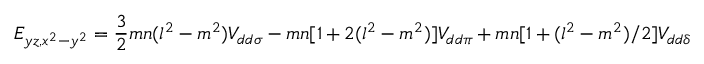
E _ { y z , x ^ { 2 } - y ^ { 2 } } = { \frac { 3 } { 2 } } m n ( l ^ { 2 } - m ^ { 2 } ) V _ { d d \sigma } - m n [ 1 + 2 ( l ^ { 2 } - m ^ { 2 } ) ] V _ { d d \pi } + m n [ 1 + ( l ^ { 2 } - m ^ { 2 } ) / 2 ] V _ { d d \delta }